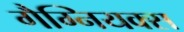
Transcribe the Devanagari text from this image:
गैग्नियक्स